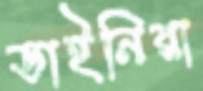
ডাইনিরা